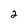
Character: 2